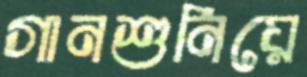
গানশুনিয়ে